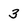
Character: 3